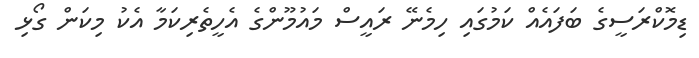
ޑިމޮކްރަސީގެ ބަފައެއް ކަމުގައި ހިމެނޭ ރައީސް މައުމޫންގެ އެހީތެރިކަމާ އެކު މިކަން ގޯޅި